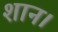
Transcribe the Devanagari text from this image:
शान।